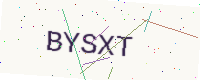
Text: BYSXT